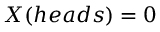
X ( h e a d s ) = 0